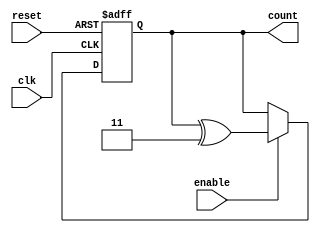
module gray_code_counter (
   input wire clk,
   input wire reset,
   input wire enable,
   output reg [3:0] count
);

always @ (posedge clk or posedge reset) begin
   if (reset) begin
      count <= 4'b0000; // Initial value of counter
   end else if (enable) begin
      // Gray code sequence
      count <= count ^ 4'b0011;
   end
end

endmodule